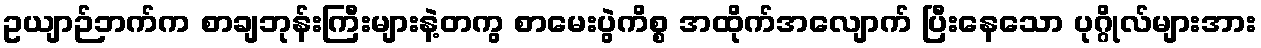
ဥယျာဉ်ဘက်က စာချဘုန်းကြီးများနဲ့တကွ စာမေးပွဲကိစ္စ အထိုက်အလျောက် ပြီးနေသော ပုဂ္ဂိုလ်များအား